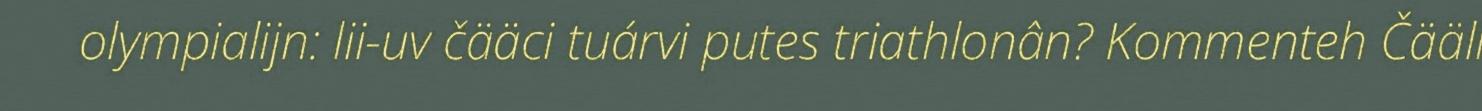
olympialijn: lii-uv čääci tuárvi putes triathlonân? Kommenteh Čääli